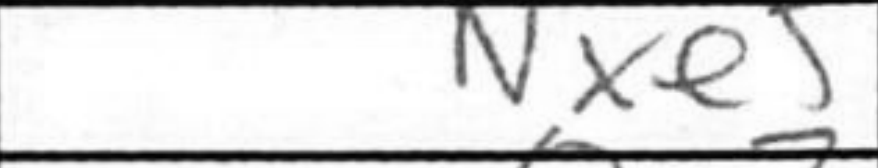
Transcription: Nxe5